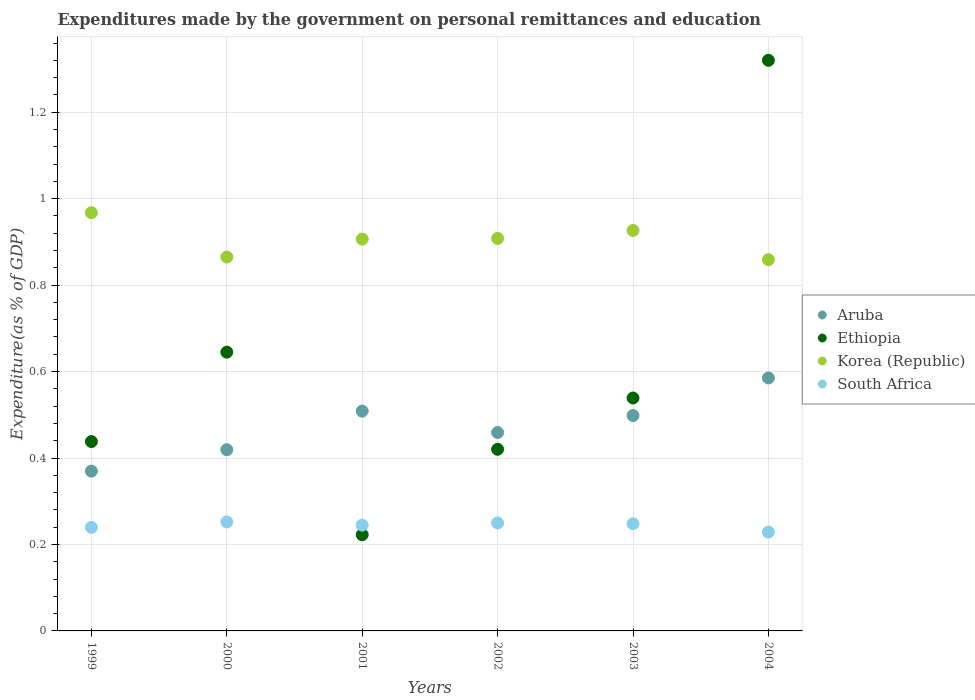
| Years | Aruba | Ethiopia | Korea (Republic) | South Africa |
 | --- | --- | --- | --- | --- |
 | 1999 | 0.37 | 0.438 | 0.968 | 0.24 |
 | 2000 | 0.419 | 0.645 | 0.865 | 0.252 |
 | 2001 | 0.509 | 0.222 | 0.906 | 0.245 |
 | 2002 | 0.459 | 0.42 | 0.908 | 0.25 |
 | 2003 | 0.498 | 0.539 | 0.926 | 0.248 |
 | 2004 | 0.585 | 1.32 | 0.859 | 0.229 |